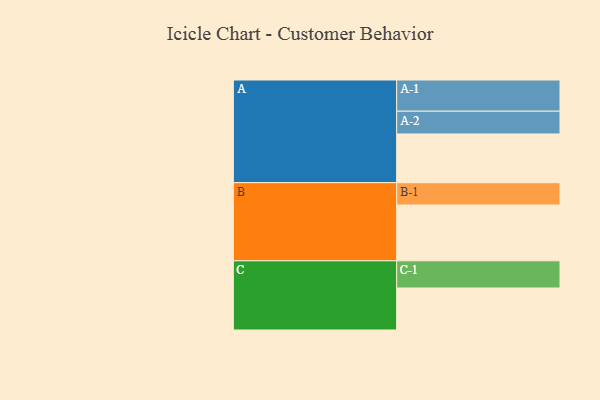
{"axis": {"x": "Segment", "y": "Value"}, "legend": ["", "A", "B", "C"], "data": [{"x": "A", "y": 428, "type": ""}, {"x": "B", "y": 490, "type": ""}, {"x": "C", "y": 369, "type": ""}, {"x": "A-1", "y": 274, "type": "A"}, {"x": "A-2", "y": 200, "type": "A"}, {"x": "B-1", "y": 196, "type": "B"}, {"x": "C-1", "y": 239, "type": "C"}]}